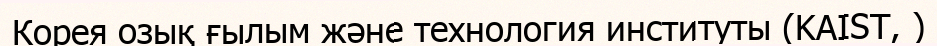
Корея озық ғылым және технология институты (KAIST, )